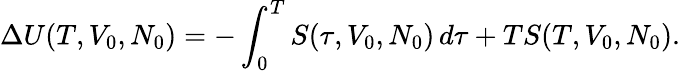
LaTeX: \Delta U(T,V_{0},N_{0})=-\int_{0}^{T}S(\tau,V_{0},N_{0})\, d\tau+TS(T,V_{0},N_{0}).